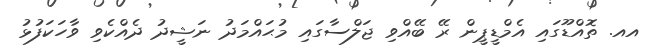
އއ. ތޮއްޑޫގައި އެމްޑީޕީން ރޭ ބޭއްވި ޖަލްސާގައި މުޙައްމަދު ނަޝީދު ދެއްކެވި ވާހަކަފުޅު